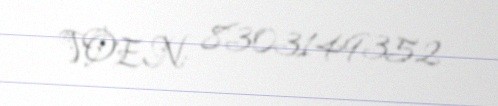
VOEN: 8303149352